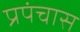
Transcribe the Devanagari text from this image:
प्रपंचास